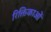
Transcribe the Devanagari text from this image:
रिक्तिकाओं